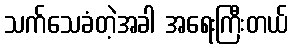
သက်သေခံတဲ့အခါ အရေးကြီးတယ်